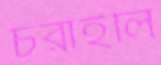
চরাইলি